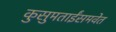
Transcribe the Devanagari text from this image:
कुसुमताईंसमवेत